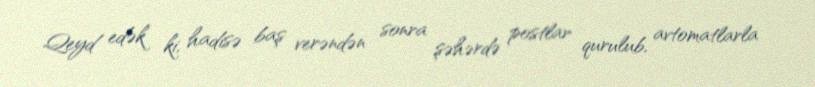
Qeyd edək ki, hadisə baş verəndən sonra şəhərdə postlar qurulub, avtomatlarla